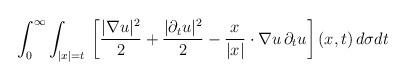
LaTeX: \begin{align*}\int_0^{\infty}\int_{|x|=t}\,\left[\frac{|\nabla u|^2}{2}+\frac{|\partial_tu|^2}{2}-\frac{x}{|x|}\cdot\nabla u\,\partial_tu\right](x,t)\,d\sigma dt\end{align*}